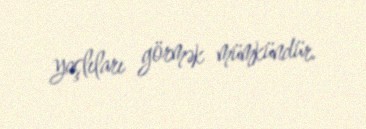
yaşlıları görmək mümkündür.